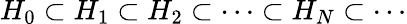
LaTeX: H_{0}\subset H_{1}\subset H_{2}\subset\cdots\subset H_{N}\subset\cdots